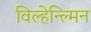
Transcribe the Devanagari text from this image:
विल्हेन्ल्मिन